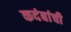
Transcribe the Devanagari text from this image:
कदंबांची